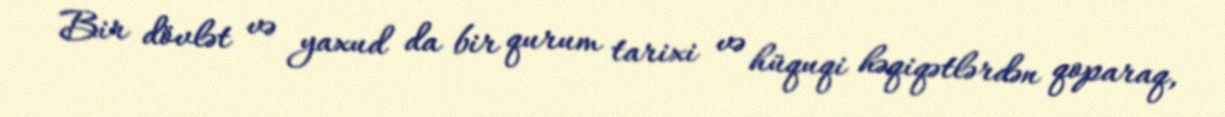
Bir dövlət və yaxud da bir qurum tarixi və hüquqi həqiqətlərdən qoparaq,